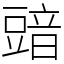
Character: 䜾